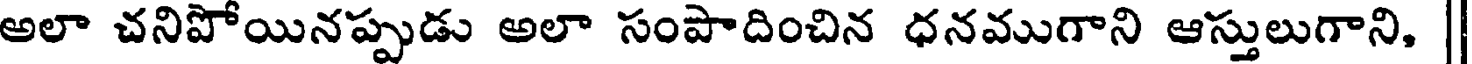
అలా చనిపోయినప్పుడు అలా సంపాదించిన ధనముగాని ఆస్తులుగాని, |